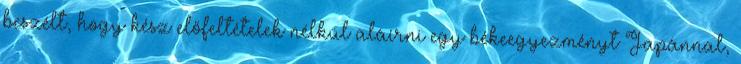
beszélt, hogy kész előfeltételek nélkül aláírni egy békeegyezményt Japánnal,